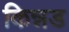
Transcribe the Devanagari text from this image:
किन्नड